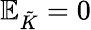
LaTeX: \mathbb{E}_{\tilde{K}}=0